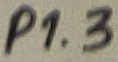
Text: P1.3